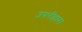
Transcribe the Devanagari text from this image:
उपरीहार।